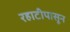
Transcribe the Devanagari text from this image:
रहाटीपासून